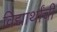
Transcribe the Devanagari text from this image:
विद्यार्थांची